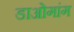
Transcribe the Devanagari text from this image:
डाओगांग